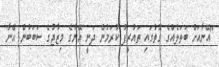
"އޭނާއަށް ބަތަލެއްގެ ގޮތުގައި ތައުރީފު ކުރަމުން ދަނީ އޭނާގެ މިޒާޖުގެ ސަބަބުން. އޭނާ